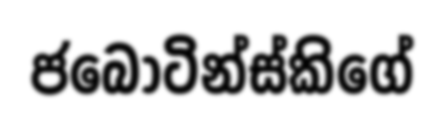
ජබොටින්ස්කිගේ